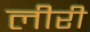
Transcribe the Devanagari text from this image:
लीरी